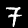
Digit: 7